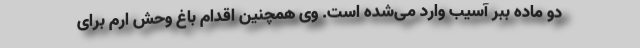
دو ماده ببر آسیب وارد می‌شده است. وی همچنین اقدام باغ وحش ارم برای